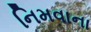
નિમવાના